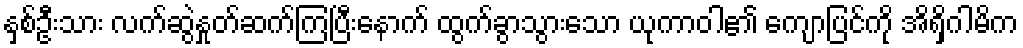
နှစ်ဦးသား လက်ဆွဲနှုတ်ဆက်ကြပြီးနောက် ထွက်ခွာသွားသော ယုကာဝါ၏ ကျောပြင်ကို အိရှိဂါမိက